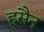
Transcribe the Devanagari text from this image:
हूसैन